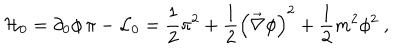
LaTeX: { \cal H } _ { 0 } = \partial _ { 0 } \phi \, \pi - { \cal L } _ { 0 } = \frac { 1 } { 2 } \pi ^ { 2 } + \frac { 1 } { 2 } \left( \vec { \nabla } \phi \right) ^ { 2 } + \frac { 1 } { 2 } m ^ { 2 } \phi ^ { 2 } \ ,